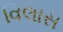
વિલાસ